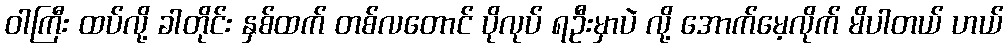
ဝါကြီး ထပ်လို့ ခါတိုင်း နှစ်ထက် တစ်လတောင် ပိုလုပ် ရဦးမှာပဲ လို့ အောက်မေ့လိုက် မိပါတယ် ဟယ်